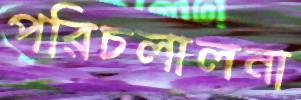
পরিচলালনা